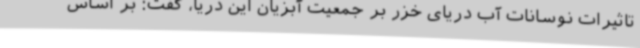
تاثیرات نوسانات آب دریای خزر بر جمعیت آبزیان این دریا، گفت: بر اساس